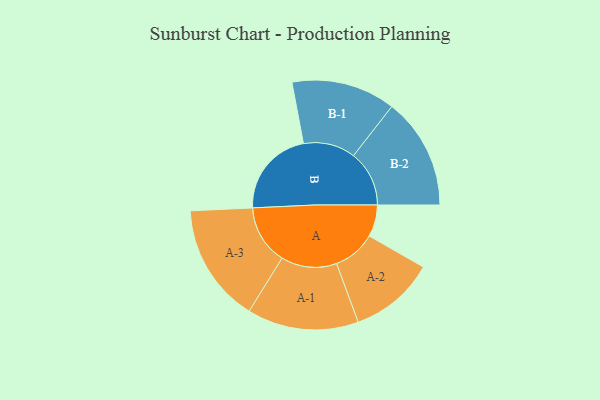
{"axis": {"x": "Segment", "y": "Value"}, "legend": ["", "A", "B"], "data": [{"x": "A", "y": 155, "type": ""}, {"x": "B", "y": 427, "type": ""}, {"x": "A-1", "y": 271, "type": "A"}, {"x": "A-2", "y": 208, "type": "A"}, {"x": "A-3", "y": 289, "type": "A"}, {"x": "B-1", "y": 253, "type": "B"}, {"x": "B-2", "y": 271, "type": "B"}]}